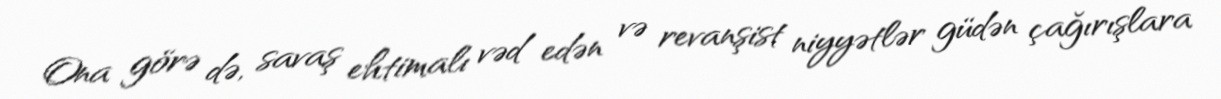
Ona görə də, savaş ehtimalı vəd edən və revanşist niyyətlər güdən çağırışlara